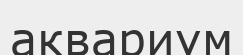
аквариум